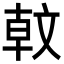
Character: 𣁖